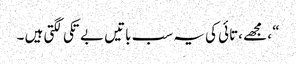
“ ، مجھے ،تائی کی یہ سب باتیں بے تکی لگتی ہیں ۔